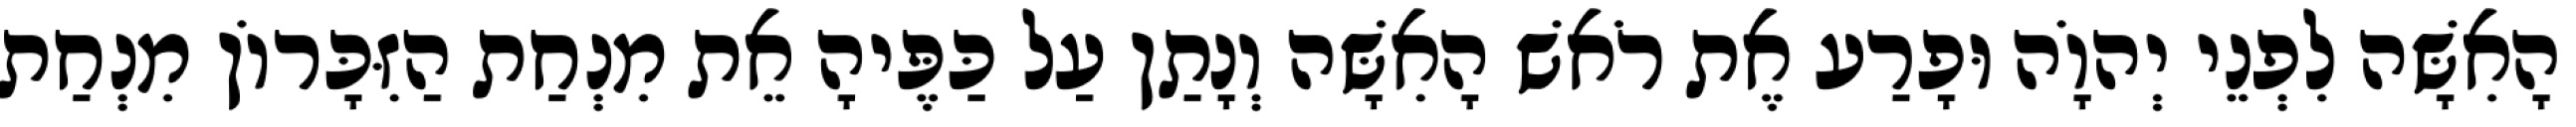
הָאִשָּׁה לִפְנֵי יְהוָֹה וּפָרַע אֶת רֹאשׁ הָאִשָּׁה וְנָתַן עַל כַּפֶּיהָ אֵת מִנְחַת הַזִּכָּרוֹן מִנְחַת